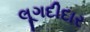
લૂગદીદાર